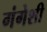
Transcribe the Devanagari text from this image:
गंगेशी